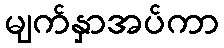
မျက်နှာအပ်ကာ